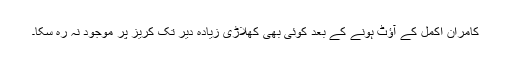
کامران اکمل کے آؤٹ ہونے کے بعد کوئی بھی کھلاڑی زیادہ دیر تک کریز پر موجود نہ رہ سکا۔